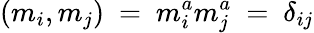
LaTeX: (m_{i},m_{j})\ =\ m_{i}^{a}m_{j}^{a}\ =\ \delta_{ij}